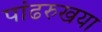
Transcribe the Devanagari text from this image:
पांढरुखया